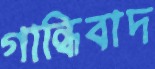
গান্ধিবাদ